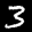
Label: 3